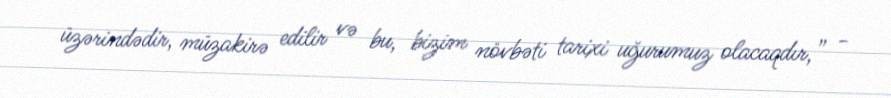
üzərindədir, müzakirə edilir və bu, bizim növbəti tarixi uğurumuz olacaqdır,” -